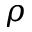
\rho